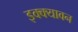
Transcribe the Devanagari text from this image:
इक्क्यावन